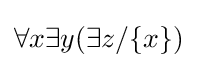
\forall x\exists y(\exists z/\{x\})